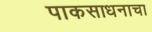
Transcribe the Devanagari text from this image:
पाकसाधनाचा